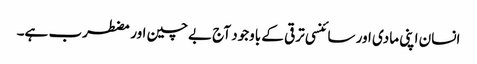
انسان اپنی مادی اور سائنسی ترقی کے باوجود آج بےچین اور مضطرب ہے۔